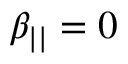
\beta _ { | | } = 0